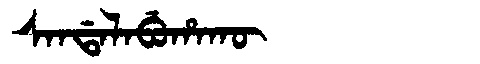
Manchu: ᠰᠠᠨᡩᠠᠯᠠᠪᡠᡥᠠᡴᡡ
Romanization: SANDALABUHAKŪ